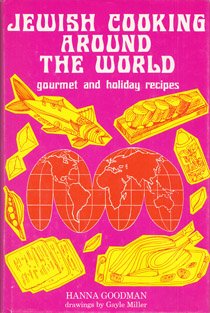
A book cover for Jewish Cooking Around the World: Gourmet and Holiday Recipes; Hanna Goodman; Cookbooks, Food & Wine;